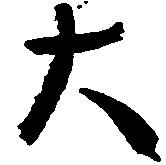
大